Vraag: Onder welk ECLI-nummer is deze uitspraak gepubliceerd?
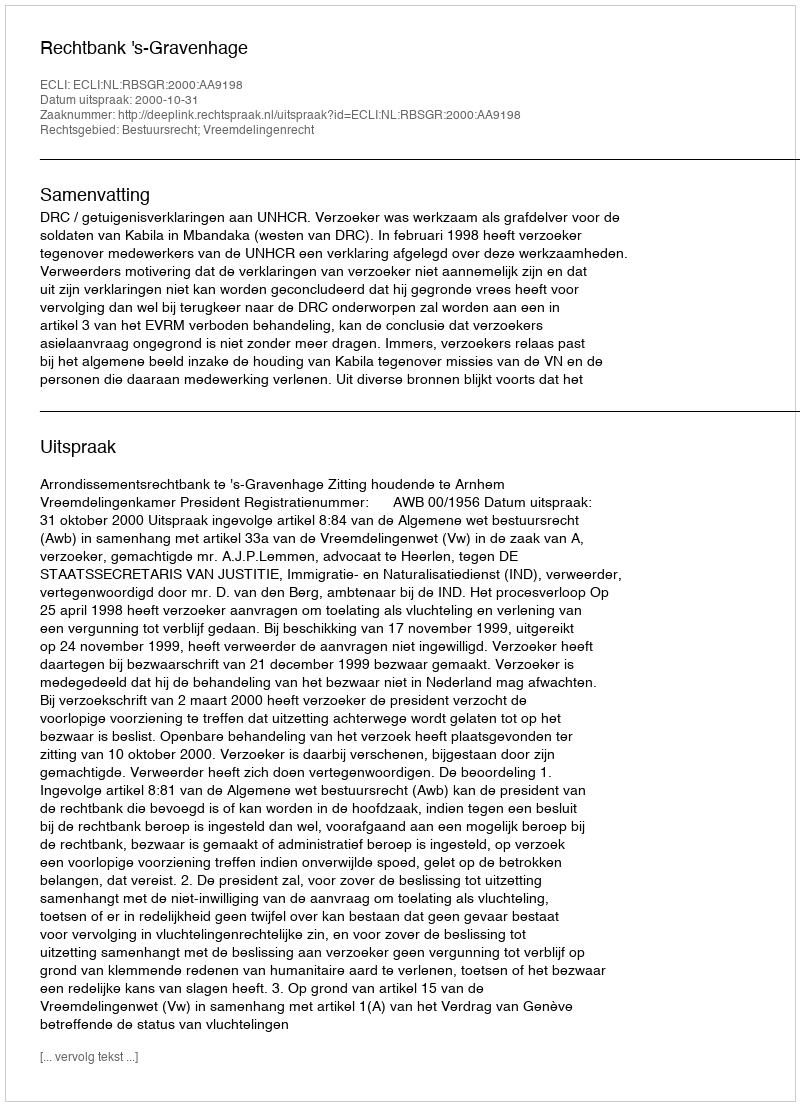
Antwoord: ECLI:NL:RBSGR:2000:AA9198